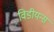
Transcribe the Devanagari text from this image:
विडीयन्स